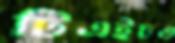
টিএইচও